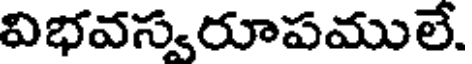
విభవస్వరూపములే.